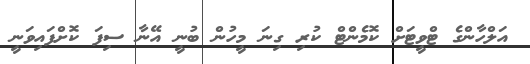
އަލްހާންގެ ޓްވީޓަށް ކޮމެންޓް ކުރި ގިނަ މީހުން ބުނީ އޭނާ ސިފަ ކޮށްފައިވަނީ